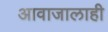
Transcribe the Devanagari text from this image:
आवाजालाही